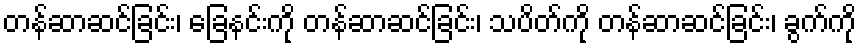
တန်ဆာဆင်ခြင်း၊ ခြေနင်းကို တန်ဆာဆင်ခြင်း၊ သပိတ်ကို တန်ဆာဆင်ခြင်း၊ ခွက်ကို